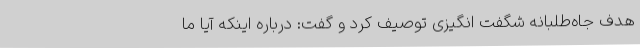
هدف جاه‌طلبانه شگفت انگیزی توصیف کرد و گفت:‌ درباره اینکه آیا ما